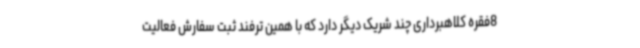
8فقره کلاهبرداری چند شریک دیگر دارد که با همین ترفند ثبت سفارش فعالیت